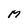
Character: M